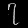
Digit: ၇